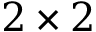
2 \times 2